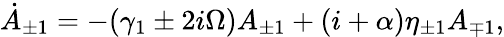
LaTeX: \begin{array}{r}{\dot{A}_{\pm 1}=-(\gamma_{1}\pm 2i\Omega)A_{\pm 1}+(i+\alpha)\eta_{\pm 1}A_{\mp 1},}\end{array}